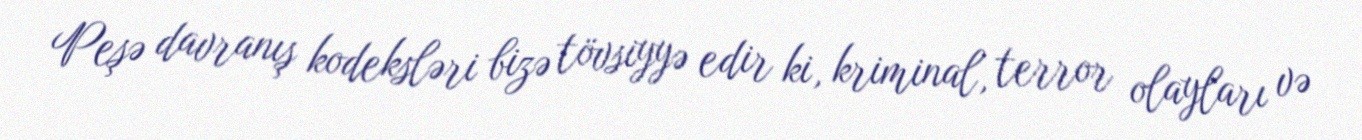
Peşə davranış kodeksləri bizə tövsiyyə edir ki, kriminal, terror olayları və